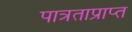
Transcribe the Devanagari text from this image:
पात्रताप्राप्त